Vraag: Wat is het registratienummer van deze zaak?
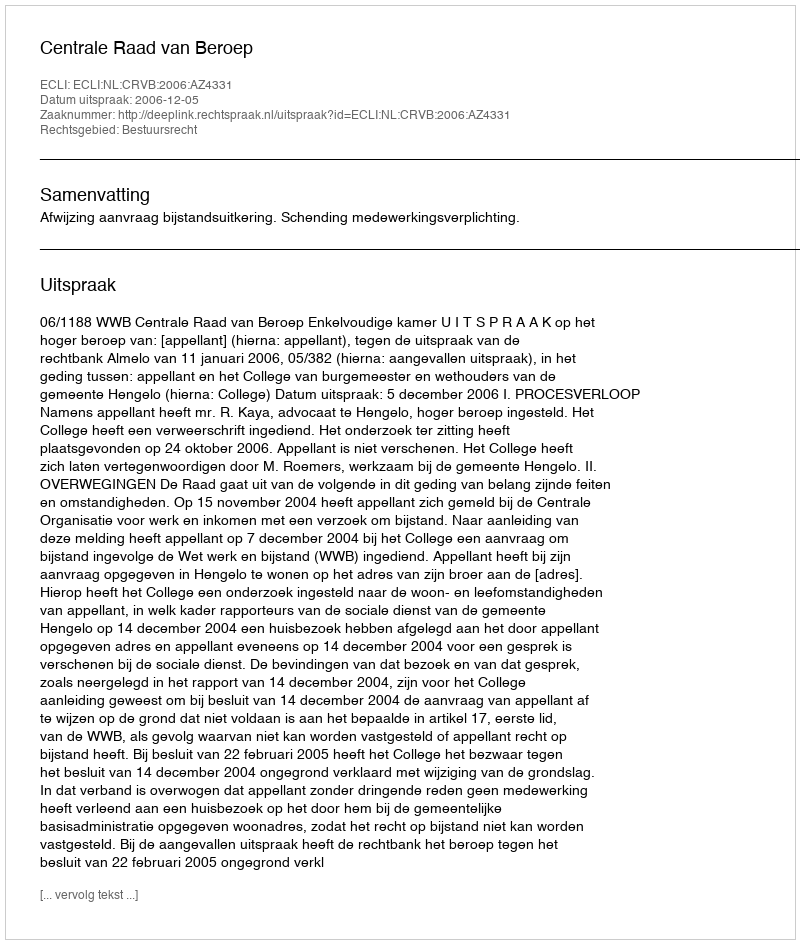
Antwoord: http://deeplink.rechtspraak.nl/uitspraak?id=ECLI:NL:CRVB:2006:AZ4331